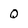
Character: Q